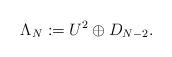
LaTeX: \begin{align*}\Lambda_N:=U^2\oplus D_{N-2}.\end{align*}